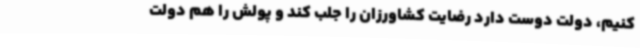
‌کنیم، دولت دوست دارد رضایت کشاورزان را جلب کند و پولش را هم دولت